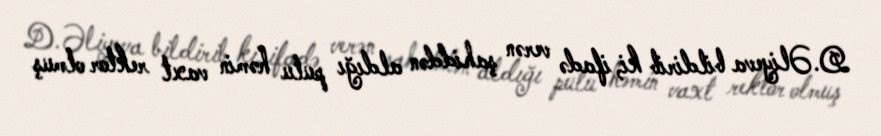
D.Əliyeva bildirib ki, ifadə verən şahiddən aldığı pulu həmin vaxt rektor olmuş